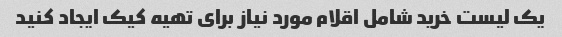
یک لیست خرید شامل اقلام مورد نیاز برای تهیه کیک ایجاد کنید